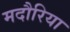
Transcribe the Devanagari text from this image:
मदौरिया